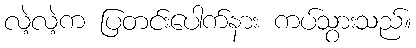
လဲ့လဲ့က ပြတင်းပေါက်နား ကပ်သွားသည်။